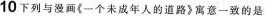
10下列与画{一个未成年人的道路》寓意一致的是